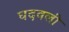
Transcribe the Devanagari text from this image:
घदवली